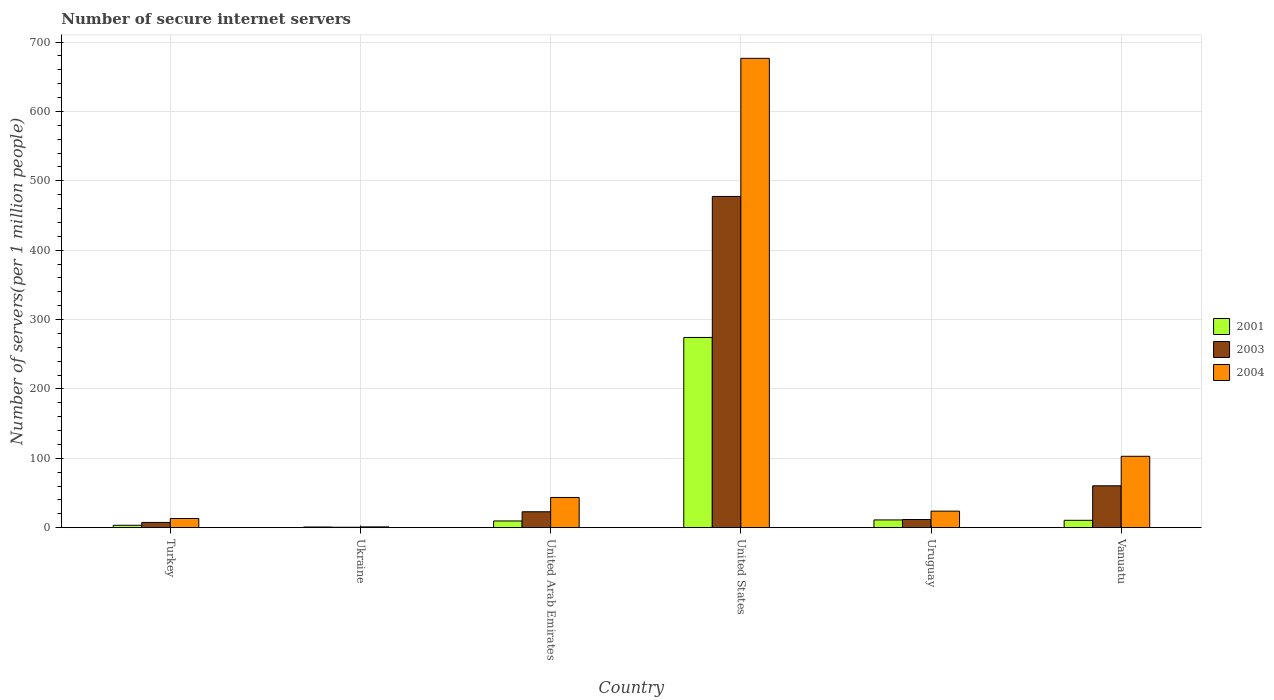
| Country | 2001 | 2003 | 2004 |
 | --- | --- | --- | --- |
 | Turkey | 3.41 | 7.51 | 13.2 |
 | Ukraine | 0.904 | 0.586 | 1.12 |
 | United Arab Emirates | 9.63 | 22.9 | 43.5 |
 | United States | 274 | 477 | 677 |
 | Uruguay | 11.1 | 11.7 | 23.8 |
 | Vanuatu | 10.6 | 60.3 | 103 |